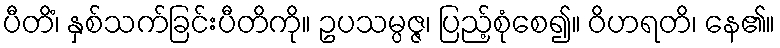
ပီတိံ၊ နှစ်သက်ခြင်းပီတိကို။ ဥပသမ္ပဇ္ဇ၊ ပြည့်စုံစေ၍။ ဝိဟရတိ၊ နေ၏။